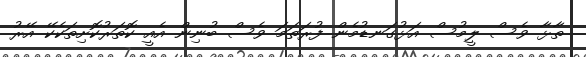
ތާޅާ ވެސް ލީމުސް އަޅުގަނޑުމެން ފުރަތަމަ ވެސް ބުނިން އެއީ ކޮތަރުކޮށިތަކެކޭ އޭރު